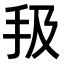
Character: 𢪳